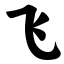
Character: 飞